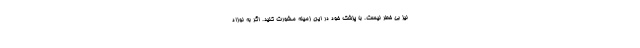
نیز بی خطر نیست. با پزشک خود در این زمینه مشورت کنید. اگر به نوزاد